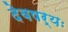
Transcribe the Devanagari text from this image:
देवषर्यः